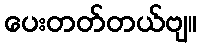
ပေးတတ်တယ်ဗျ။